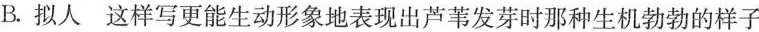
B.拟人这样写更能生动形象地表现出芦苇发芽时那种生机勃勃的样子